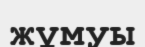
жұмуы